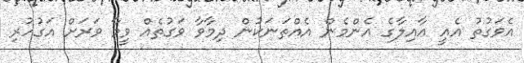
އެވަގުތު އެއީ އާއިލާގެ އެންމެން އެއްތަނަކުން ދިމާވާ ވަގުތެއް ވީމާ ވަރަށް އަގުހުރި